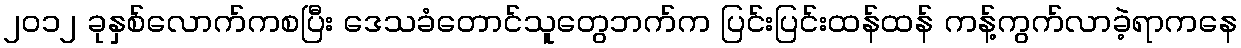
၂၀၁၂ ခုနှစ်လောက်ကစပြီး ဒေသခံတောင်သူတွေဘက်က ပြင်းပြင်းထန်ထန် ကန့်ကွက်လာခဲ့ရာကနေ